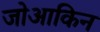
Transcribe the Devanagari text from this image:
जोआकिन